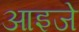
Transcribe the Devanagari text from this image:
आइजे